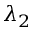
\lambda _ { 2 }